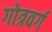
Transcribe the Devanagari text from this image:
गोत्रवर्ग